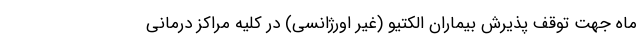
ماه جهت توقف پذیرش بیماران الکتیو (غیر اورژانسی) در کلیه مراکز درمانی